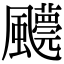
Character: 𩙓